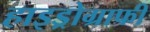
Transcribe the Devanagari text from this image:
हाइड्रोग्राफी